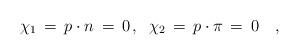
LaTeX: \begin{align*}\chi_1 \,=\, p \cdot n \,= \, 0 \,, \;\; \chi_2 \,=\, p \cdot \pi\, =\, 0 \quad ,\end{align*}